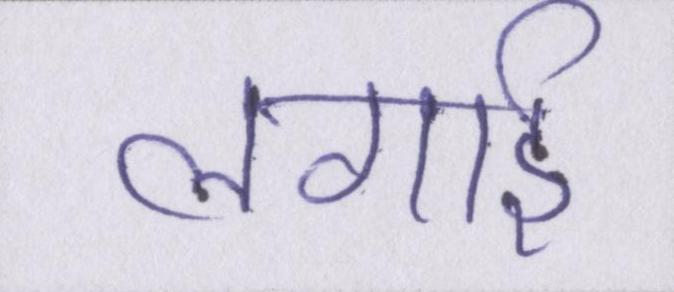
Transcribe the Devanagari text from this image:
लगाई